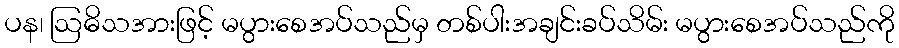
ပန၊ ဩဓိသအားဖြင့် မပွားစေအပ်သည်မှ တစ်ပါးအချင်းခပ်သိမ်း မပွားစေအပ်သည်ကို